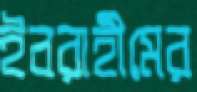
ইবরাহীমের